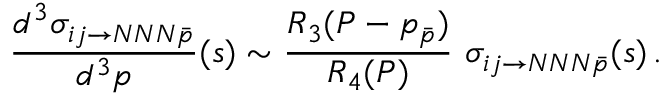
\frac { d ^ { 3 } \sigma _ { i j \rightarrow N N N \bar { p } } } { d ^ { 3 } p } ( s ) \sim \frac { R _ { 3 } ( P - p _ { \bar { p } } ) } { R _ { 4 } ( P ) } \ \sigma _ { i j \rightarrow N N N \bar { p } } ( s ) \, .